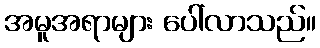
အမူအရာများ ပေါ်လာသည်။